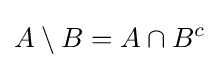
A\setminus B=A\cap B^{c}